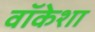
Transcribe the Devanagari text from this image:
वॉकेशा